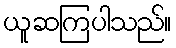
ယူဆကြပါသည်။